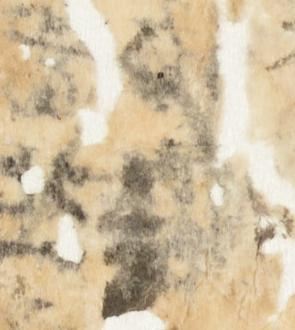
金